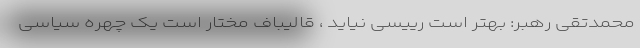
محمدتقى رهبر: بهتر است رييسى نيايد ، قاليباف مختار است یک چهره سیاسی